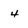
Character: 4